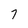
Character: 7